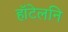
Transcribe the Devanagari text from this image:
हॉटेलनि